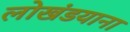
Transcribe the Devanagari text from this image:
लोखंडयाना